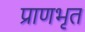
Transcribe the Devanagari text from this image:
प्राणभृत